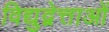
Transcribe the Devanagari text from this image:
विद्युद्वेत्ताओं